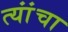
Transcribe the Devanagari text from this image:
त्यांंचा